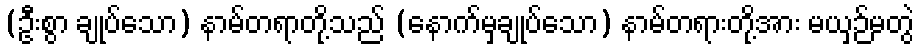
(ဦးစွာ ချုပ်သော) နာမ်တရာတို့သည် (နောက်မှချုပ်သော) နာမ်တရားတို့အား မယှဉ်မတွဲ